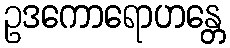
ဥဒကောရောဟန္တေ